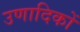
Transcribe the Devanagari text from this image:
उणादिकों